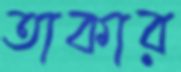
তাকার